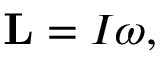
\mathbf { L } = I { \boldsymbol { \omega } } ,